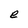
Character: e